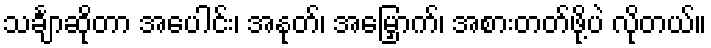
သင်္ချာဆိုတာ အပေါင်း၊ အနုတ်၊ အမြှောက်၊ အစားတတ်ဖို့ပဲ လိုတယ်။